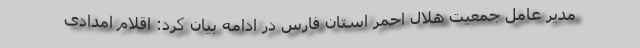
مدیر عامل جمعیت هلال ‌احمر استان فارس در ادامه بیان کرد: اقلام امدادی